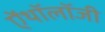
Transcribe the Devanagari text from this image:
ऐंथॉलॉजी